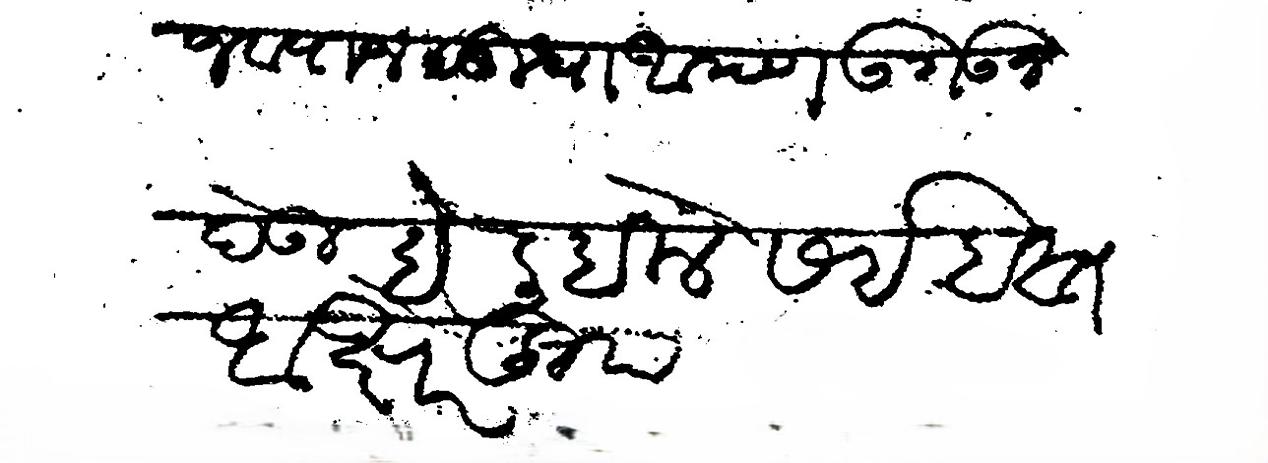
Transliteration (Devanagari): अैवज व्याज सुधा आपण उगउन देऊ हे लिहिले सई हस्त अक्षरे खुद